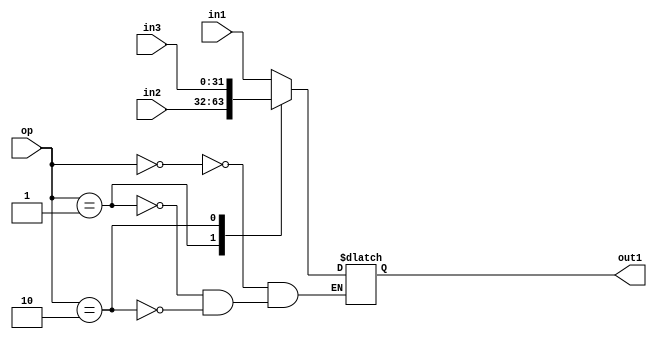
module mux2(out1, in1, in2,in3, op);

input [1:0] op;
input [31:0] in1;
input [31:0] in2;
input [31:0] in3;

output reg [31:0] out1;

always@(*)
begin
	case(op)
		2'b00: out1 <= in1;
		2'b01: out1 <= in2;
		2'b10: out1 <= in3;
	endcase
end
endmodule